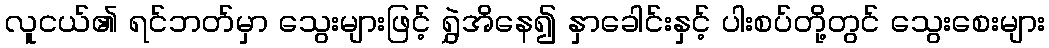
လူငယ်၏ ရင်ဘတ်မှာ သွေးများဖြင့် ရွှဲအိနေ၍ နှာခေါင်းနှင့် ပါးစပ်တို့တွင် သွေးစေးများ